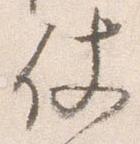
仗